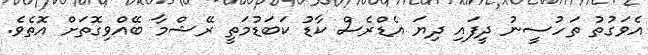
އެވަގުތު ތަހުސީނު ދީފައި ދިޔަ އެޑްރެސް ކާޑު ކަބަޑުމަތީ ރޭޝްމާ ބޭއްވިގޮތަށް އޮތެވެ.